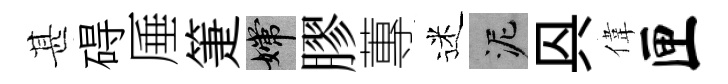
甚碍厜箑嫦膠蓴迷泥㒷偉匣